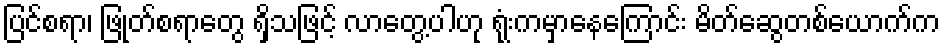
ပြင်စရာ၊ ဖြုတ်စရာတွေ ရှိသဖြင့် လာတွေ့ပါဟု ရုံးကမှာနေကြောင်း မိတ်ဆွေတစ်ယောက်က